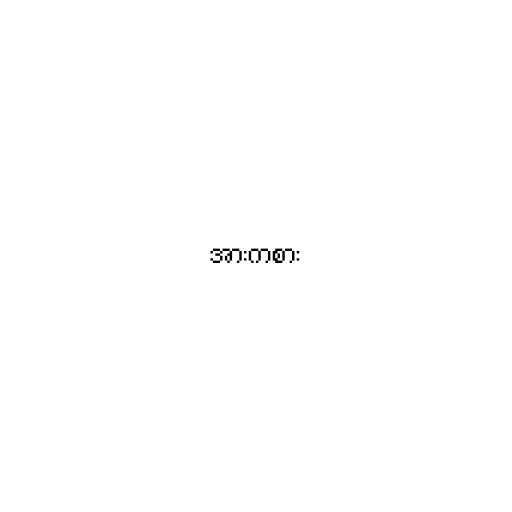
အားကစား